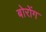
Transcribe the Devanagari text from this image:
बोरोंग